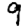
Digit: 9